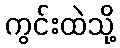
ကွင်းထဲသို့